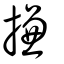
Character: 搛